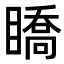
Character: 𥋊